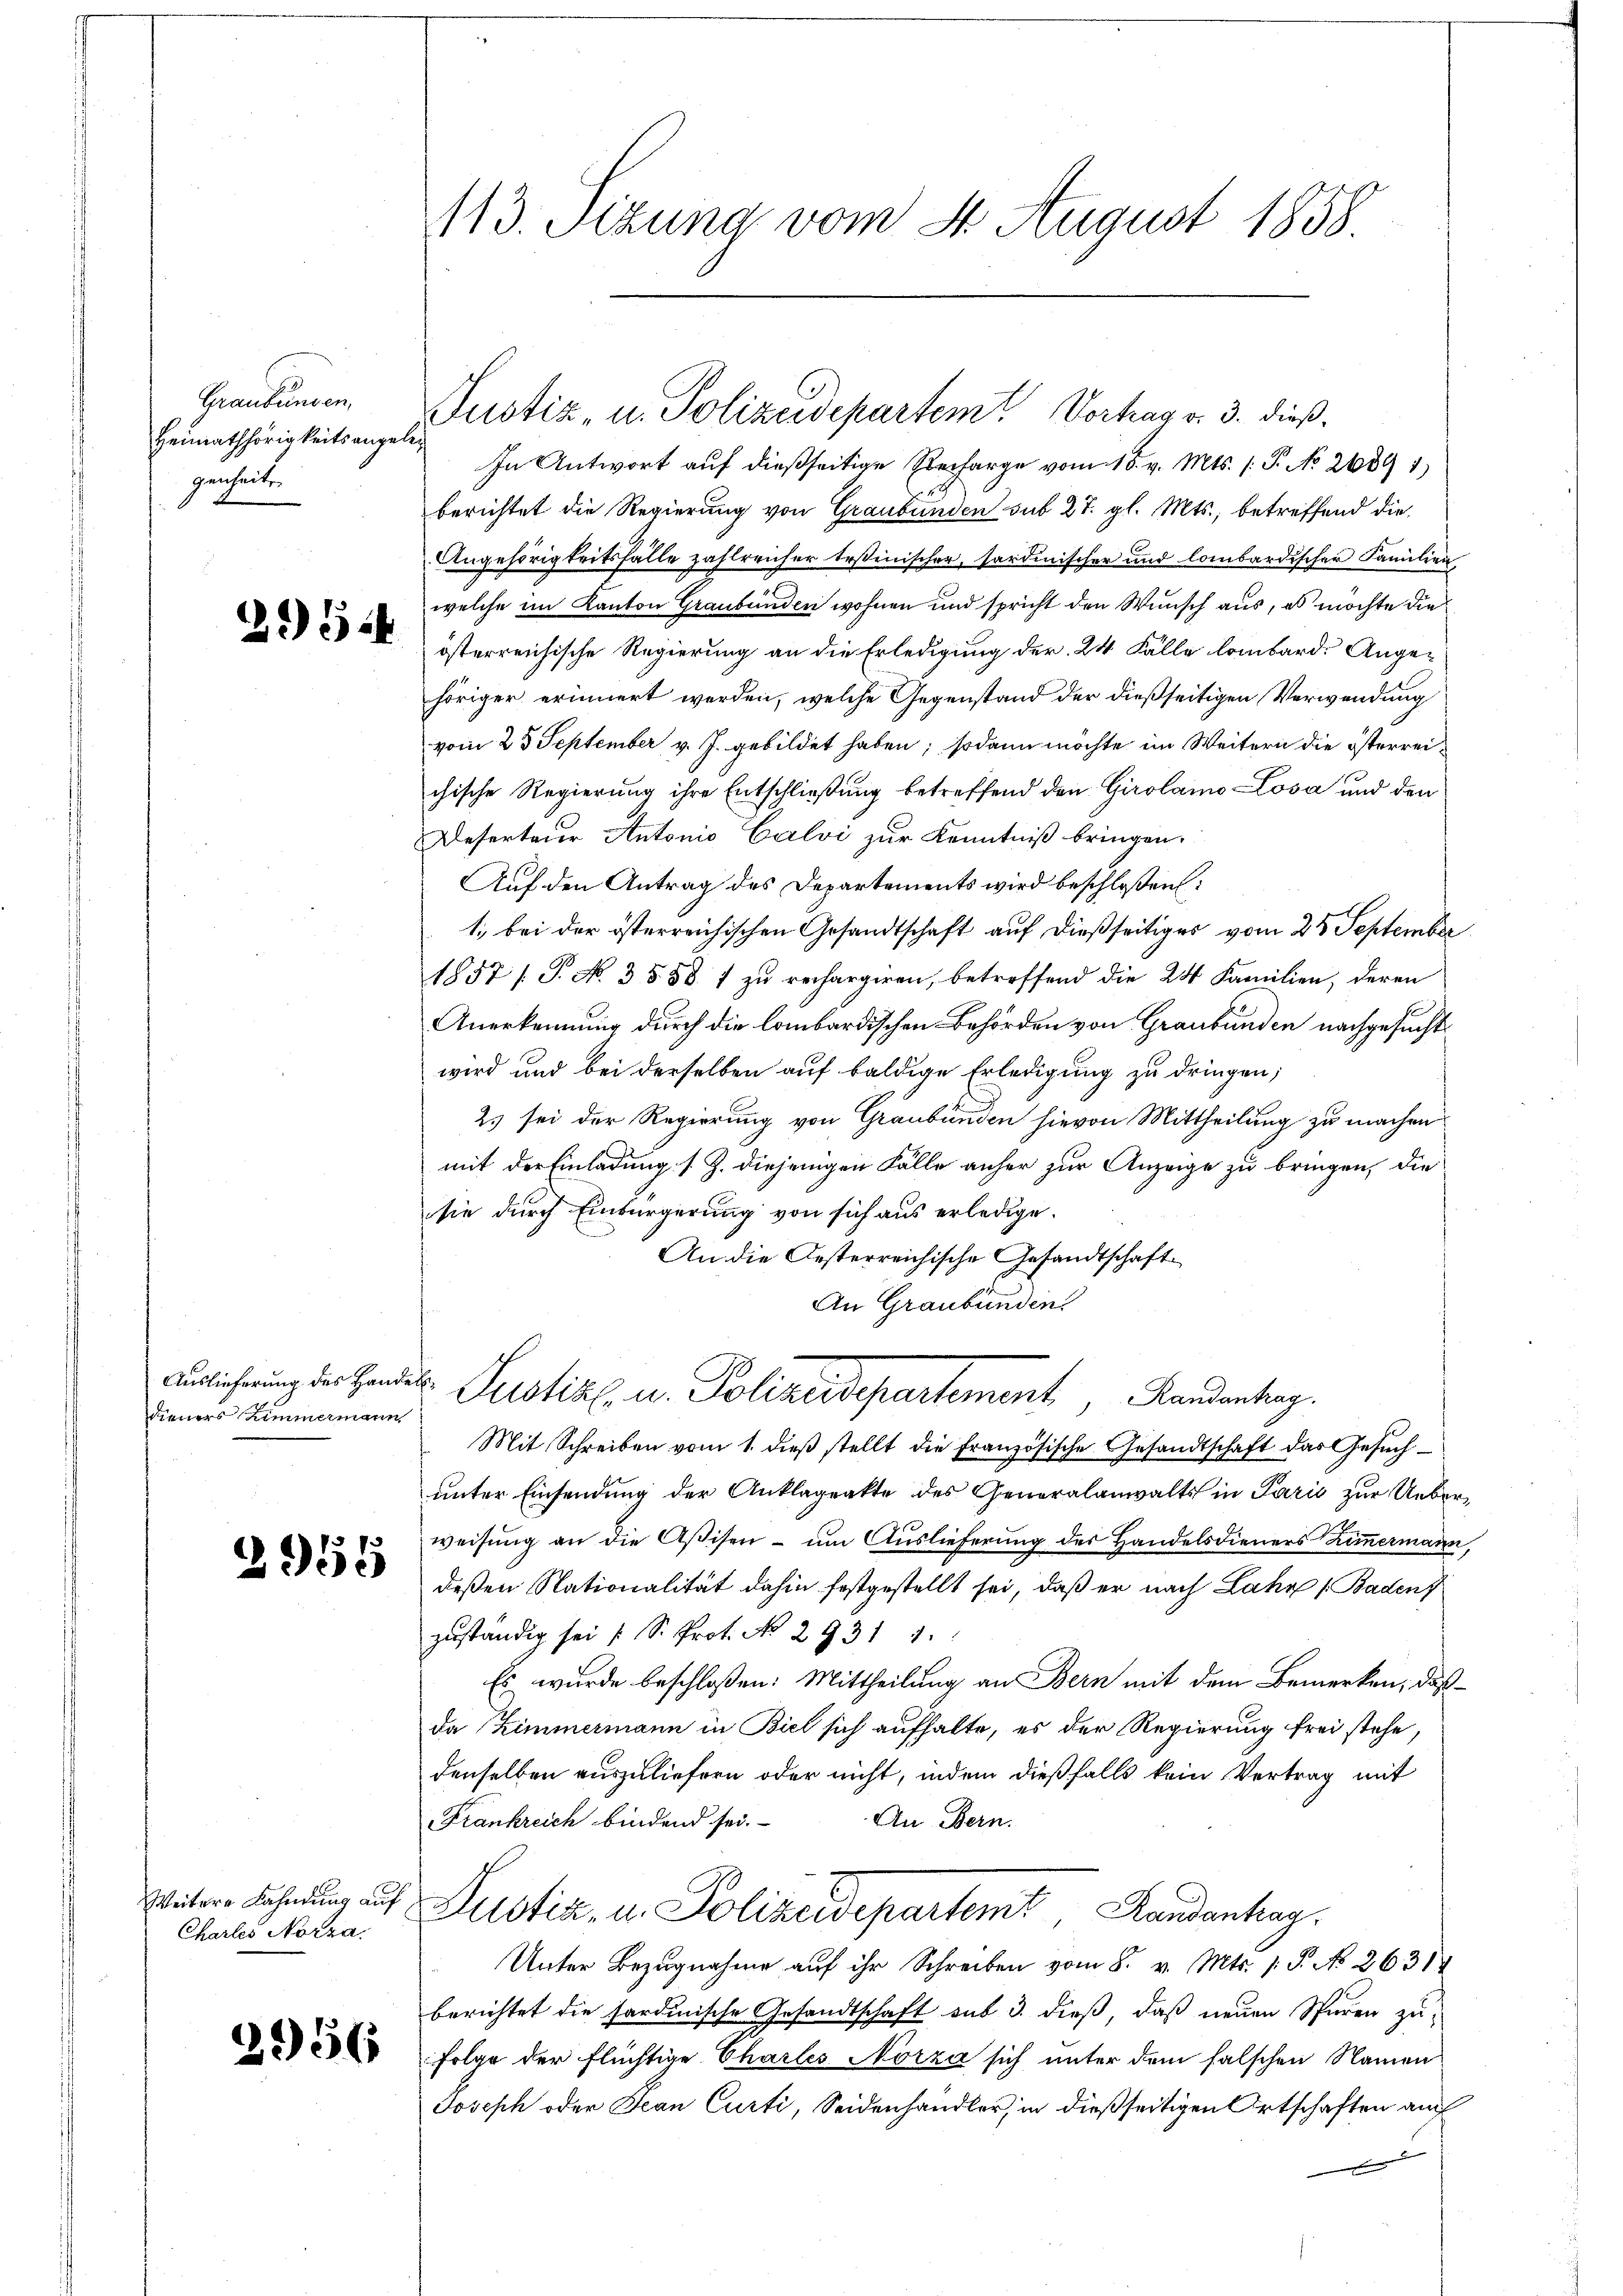
Grandenen
Heimathörigkeits angelegenheite

2954

Auslieferung des Hande
dieners Zimmermann

3955

Weitere Fahndung auf
Charlei Norza

2956

113. Stzung vom 4. August 1858

Justiz, u. Polizeidepartem Vorhag v. 3. dieß.

In Antwort auf dießseitige Recharge vom 15. v. Mts. /: P. No 2689 1
berichtet die Regierung von Graubünden sub 27. gl. Mts., betreffend die
Angehörigkeitsfälle zahlreicher Teßinischer, sardinischer und lombardischer Familien
welche im Kanton Graubünden wohnen und spricht den Wunsch aus, es möchte die
österreichische Regierung an die Erledigung der 24 Fälle lombard. Angehöriger erinnert werden, welche Gegenstand der dießseitigen Verwendung
vom 23 September v. J. gebildet haben; sodann möchte im Weitern die österreichische Regierung ihre Entschließung betreffend den Girolamo Losa und den
Deserteuer Antonio Calvi zur Kenntniß bringen.
Auf den Antrag des Departements wird beschloßen:
1., bei der österreichischen Gesandtschaft auf dießseitiges vom 25 September
1857 /T. N. 3 § 88 1 zu rechargiren, betreffend die 24 Familien, deren
Anerkennung durch die lombardischen Behörden von Graubünden nachgesucht
wird und bei derselben auf baldige Erledigung zu dringen;
25 sei der Regierung von Graubünden hievon Mittheilung zu machen
mit der Einladung s. Z. diejenigen Fälle anher zur Anzeige zu bringen, die
sie durch Einbürgerung von sich aus erledige.
An die Oesterreichische Gesandtschaft
An Graubünden
 Justiz u. Polizeidepartement Handentrag
Mit Schreiben vom 1. dieβ stellt die französische Gesandtschaft das Gesŭch
unter Einsendung der Anklageakte des Generalanwalts in Paris zur Ueberweisung an die Aßisen – um Auslieferung des Handelsdieners immermann
deßen Nationalität dahin festgestellt sei, daß er nach Lahr 1 Baden
zŭständig sei (S. Prot. No 2931 1.
Es wurde beschloßen: Mittheilung an Bern mit dem Bemerken, daß
da Zimmermann in Biel sich aufhalte, es der Regierung frei stehe,
denselben auszuliefern oder nicht, indem dießfalls kein Vertrag mit
An Bern.
Frankreich bindend sei.
Justiz- u. Polizeidepartamt Landantag.
Unter Bezugnahme aŭf ihr Schreiben vom 8. v. Mts. 1. P. No 26314
berichtet die sardinische Gesandtschaft sub 3. dieß, daß neuen Spuren zu-
folge der flüchtige Charles Norza sich unter dem falschen Namen
Joseph oder Jean Curti, Seidenhandler, in dießseitigen Ortschaften auch